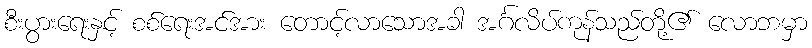
စီးပွားရေးနှင့် စစ်ရေးအင်အား တောင့်လာသောအခါ အင်္ဂလိပ်ကုန်သည်တို့၏ လောဘမှာ